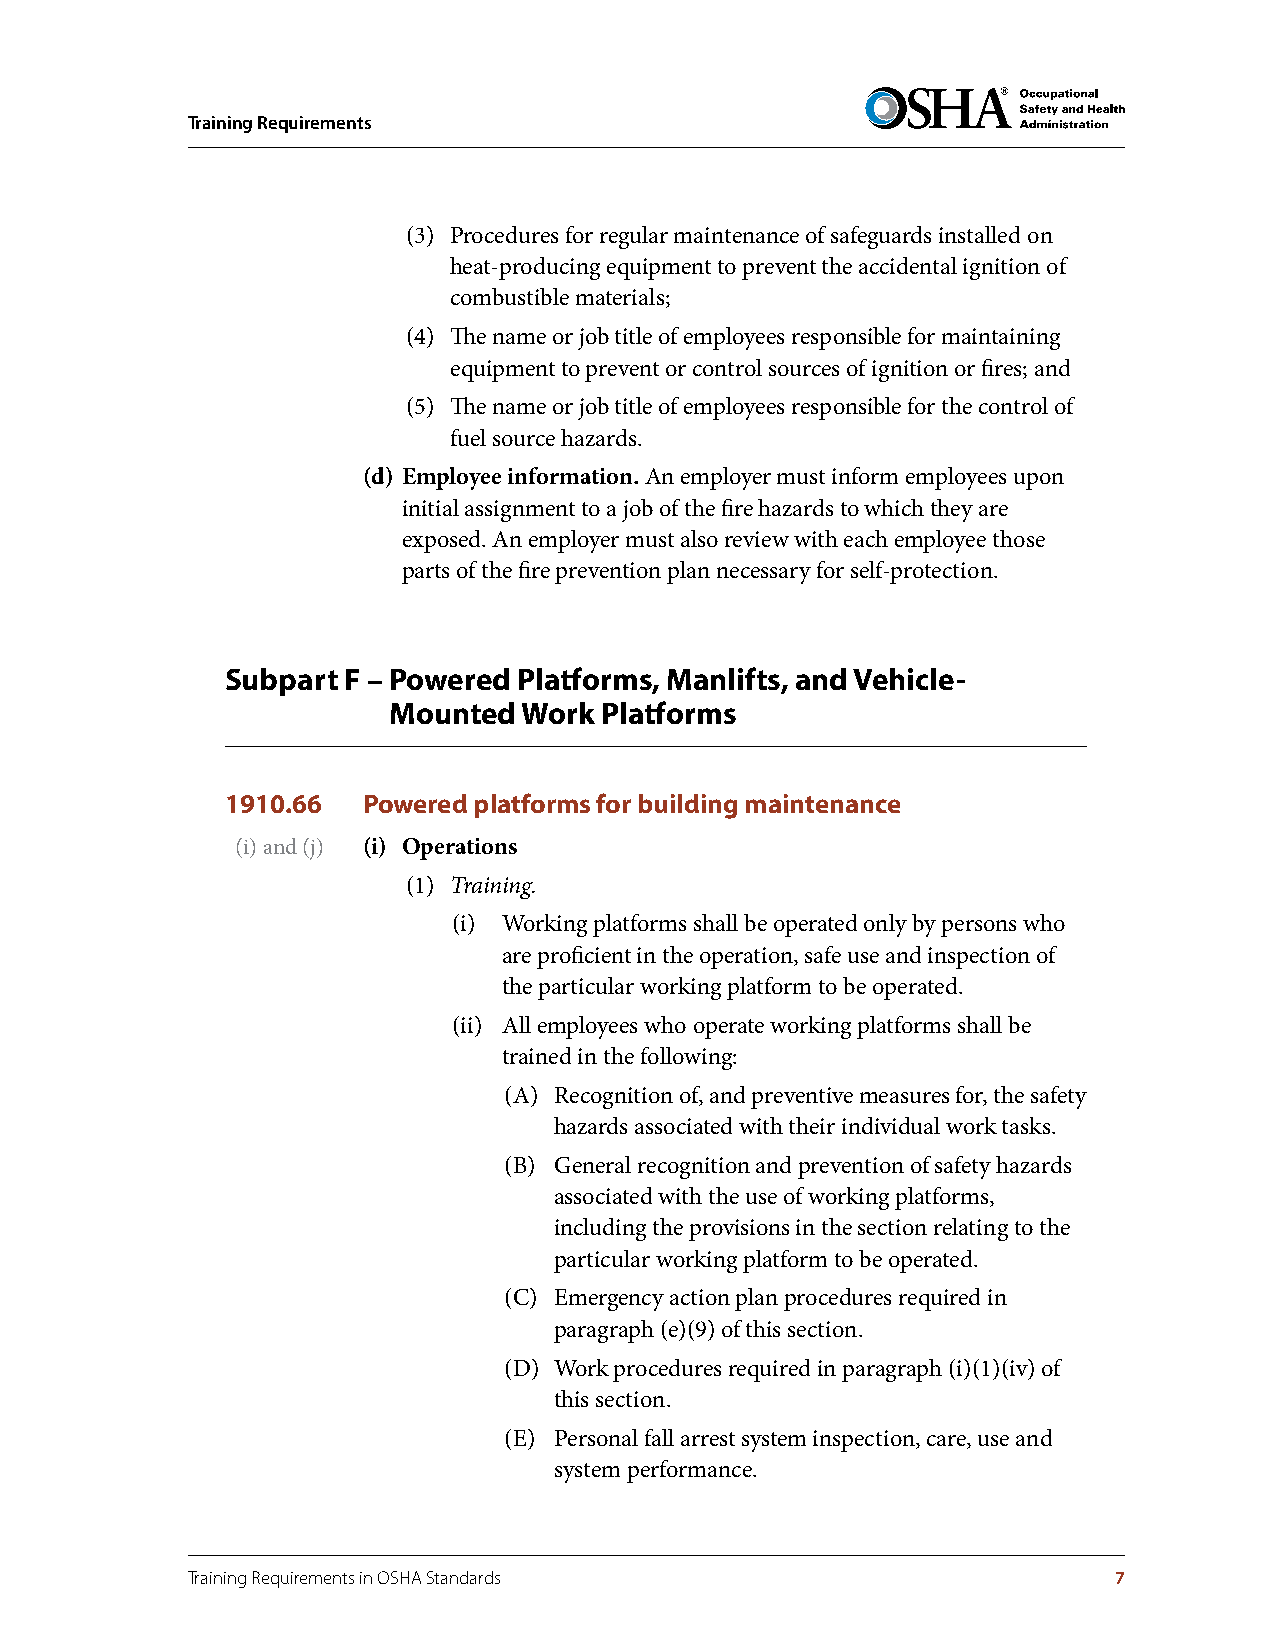
Training Requirements
 (3) Procedures for regular maintenance of safeguards installed on
 heat-producing equipment to prevent the accidental ignition of
 combustible materials;
 (4) The name or job title of employees responsible for maintaining
 equipment to prevent or control sources of ignition or fires; and
 (5) The name or job title of employees responsible for the control of
 fuel source hazards.
 (d) Employee information . An employer must inform employees upon
 initial assignment to a job of the fire hazards to which they are
 exposed. An employer must also review with each employee those
 parts of the fire prevention plan necessary for self-protection.
 Subpart F – Powered Platforms, Manlifts, and Vehicle-
 Mounted  Work Platforms
 1910.66  Powered platforms for building maintenance
 (i) and (j) (i) Operations
 (1) Training.
 (i) Working platforms shall be operated only by persons who
 are proficient in the operation, safe use and inspection of
 the particular working platform to be operated.
 (ii) All employees who operate working platforms shall be
 trained in the following:
 (A) Recognition of, and preventive measures for, the safety
 hazards associated with their individual work tasks.
 (B) General recognition and prevention of safety hazards
 associated with the use of working platforms,
 including the provisions in the section relating to the
 particular working platform to be operated.
 (C) Emergency action plan procedures required in
 paragraph (e)(9) of this section.
 (D) Work procedures required in paragraph (i)(1)(iv) of
 this section.
 (E) Personal fall arrest system inspection, care, use and
 system performance.
 Training Requirements in OSHA Standards                       7